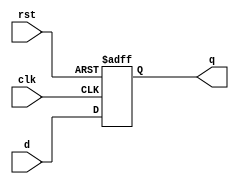
// This program was cloned from: https://github.com/DigitalDesignSchool/ce2020labs
// License: MIT License

/*
 * schoolRISCV - small RISC-V CPU 
 *
 * originally based on Sarah L. Harris MIPS CPU 
 *                   & schoolMIPS project
 * 
 * Copyright(c) 2017-2020 Stanislav Zhelnio 
 *                        Aleksandr Romanov 
 */ 

module sm_register
(
    input                 clk,
    input                 rst,
    input      [ 31 : 0 ] d,
    output reg [ 31 : 0 ] q
);
    always @ (posedge clk or negedge rst)
        if(~rst)
            q <= 32'b0;
        else
            q <= d;
endmodule


module sm_register_we
(
    input                 clk,
    input                 rst,
    input                 we,
    input      [ 31 : 0 ] d,
    output reg [ 31 : 0 ] q
);
    always @ (posedge clk or negedge rst)
        if(~rst)
            q <= 32'b0;
        else
            if(we) q <= d;
endmodule